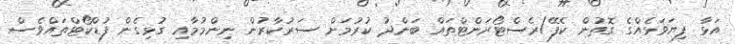
އަޅާ ފިޔަވަޅެއްގެ ގޮތުން ކެފޭ/ރެސްޓޯރަންޓްތައް ބަންދު ކުރުމަށް ސަރުކާރުން ނިންމުމާއި ގުޅިގެން ފުޑްކޯޓްތައްވެސް